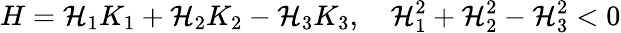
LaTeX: H=\mathcal{H}_{1}K_{1}+\mathcal{H}_{2}K_{2}-\mathcal{H}_{3}K_{3},\quad\mathcal{H}_{1}^{2}+\mathcal{H}_{2}^{2}-\mathcal{H}_{3}^{2}<0